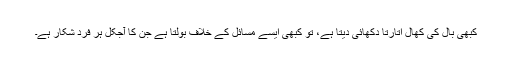
کبھی بال کی کھال اتارتا دکھائی دیتا ہے، تو کبھی ایسے مسائل کے خلاف بولتا ہے جن کا آجکل ہر فرد شکار ہے۔